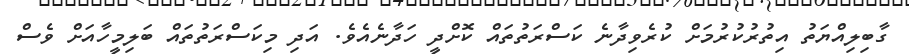
ގާބިލިއްޔަތު އިތުރުކުރުމަށް ކުރެވިދާނެ ކަސްރަތުތައް ކޮށްދީ ހަދާނެއެވެ. އަދި މިކަސްރަތުތައް ބަލިމީހާއަށް ވެސް